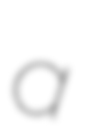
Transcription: a